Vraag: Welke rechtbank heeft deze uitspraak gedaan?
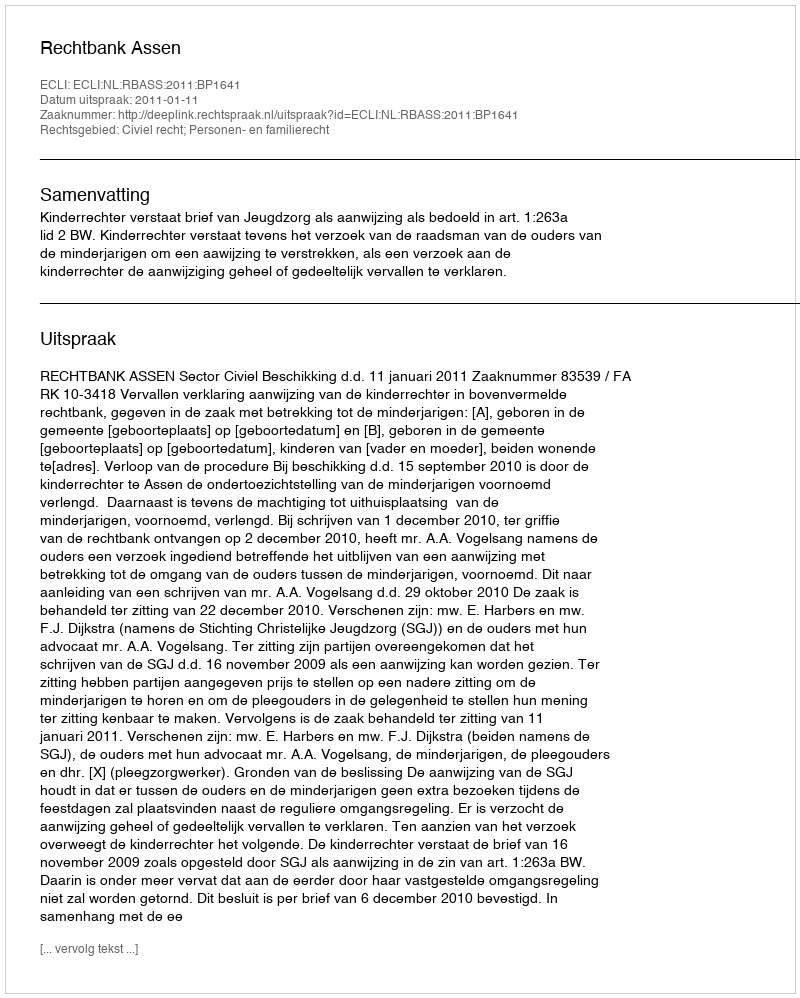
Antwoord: Rechtbank Assen